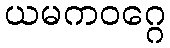
ယမကဝဂ္ဂေ